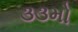
૩૩મો